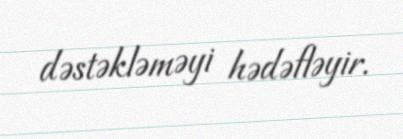
dəstəkləməyi hədəfləyir.